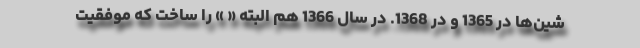
شین‌ها در 1365 و در 1368. در سال 1366 هم البته « » را ساخت که موفقیت